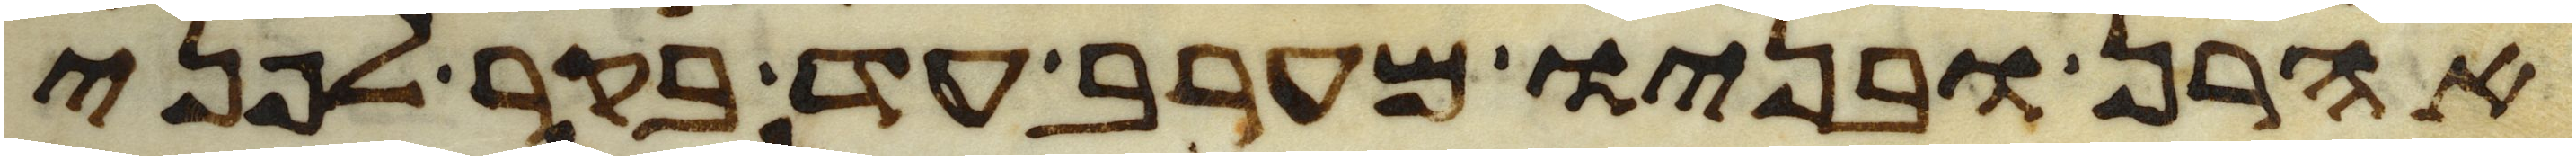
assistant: אהרן ובניו מערב עד בקר לפני